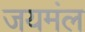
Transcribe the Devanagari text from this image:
जयमंल